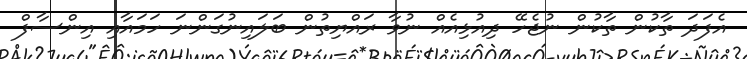
އެފަދަ ތާކުން ތާކުން ނުޖެހޭ ދިއުޅިއެއް ނުވާ ރައްޔިތުން ބަލައިނުގަންނަ ހަމައާއި އިންސާފް